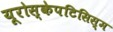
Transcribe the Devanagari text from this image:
यूरोस्केपटिसिस्म